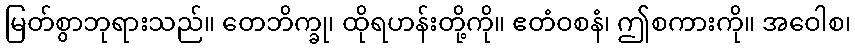
မြတ်စွာဘုရားသည်။ တေဘိက္ခု၊ ထိုရဟန်းတို့ကို။ ဧတံဝစနံ၊ ဤစကားကို။ အဝေါစ၊